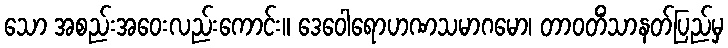
သော အစည်းအဝေးလည်းကောင်း။ ဒေဝေါရောဟဏသမာဂမော၊ တာဝတိံသာနတ်ပြည်မှ